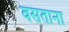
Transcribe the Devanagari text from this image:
वसताना